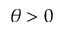
\theta > 0